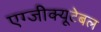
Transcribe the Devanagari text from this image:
एग्जीक्यूटेबल